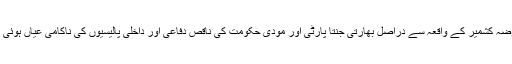
مقبوضہ کشمیر کے واقعہ سے دراصل بھارتی جنتا پارٹی اور مودی حکومت کی ناقص دفاعی اور داخلی پالیسیوں کی ناکامی عیاں ہوئی ہے۔